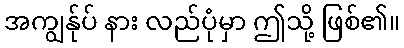
အကျွန်ုပ် နား လည်ပုံမှာ ဤသို့ ဖြစ်၏။